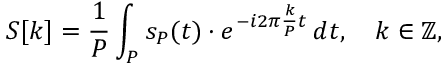
S [ k ] = { \frac { 1 } { P } } \int _ { P } s _ { P } ( t ) \cdot e ^ { - i 2 \pi { \frac { k } { P } } t } \, d t , \quad k \in \mathbb { Z } ,